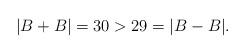
LaTeX: \begin{align*}|B+B| = 30 > 29 = |B -B|.\end{align*}